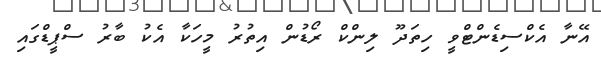
އޭނާ އެކްސިޑެންޓްވީ ހިތަދޫ ލިންކް ރޯޑުން އިތުރު މީހަކާ އެކު ބާރު ސްޕީޑްގައި